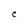
Character: C